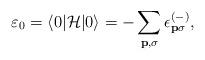
LaTeX: \begin{align*}\varepsilon_0 = \langle 0| {\cal H} |0 \rangle = - \sum_{{\bf {p}}, \sigma} \epsilon_{{\bf {p}} \sigma}^{(-)},\end{align*}